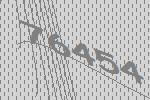
76454